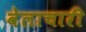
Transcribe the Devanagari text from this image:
वेलाचारी